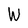
Character: W